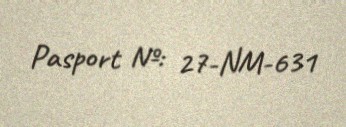
Pasport №: 27-NM-631